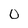
Character: O